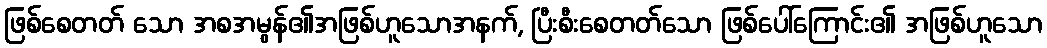
ဖြစ်စေတတ် သော အစအမွန်၏အဖြစ်ဟူသောအနက်, ပြီးစီးစေတတ်သော ဖြစ်ပေါ်ကြောင်း၏ အဖြစ်ဟူသော